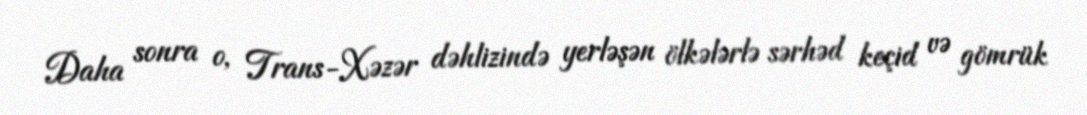
Daha sonra o, Trans-Xəzər dəhlizində yerləşən ölkələrlə sərhəd keçid və gömrük